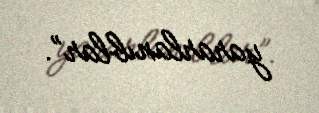
yararlanıblar”.